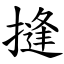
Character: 摓